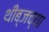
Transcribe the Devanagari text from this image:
थीब्जच्या